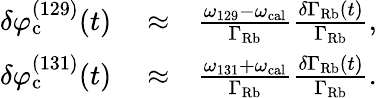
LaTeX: \begin{array}{rlr}{\delta\varphi_{\mathrm{c}}^{(129)}(t)}&{{}\approx}&{\frac{\omega_{129}-\omega_{\mathrm{cal}}}{\Gamma_{\mathrm{Rb}}}\frac{\delta\Gamma_{\mathrm{Rb}}(t)}{\Gamma_{\mathrm{Rb}}},}\\ {\delta\varphi_{\mathrm{c}}^{(131)}(t)}&{{}\approx}&{\frac{\omega_{131}+\omega_{\mathrm{cal}}}{\Gamma_{\mathrm{Rb}}}\frac{\delta\Gamma_{\mathrm{Rb}}(t)}{\Gamma_{\mathrm{Rb}}}.}\end{array}